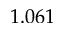
1 . 0 6 1